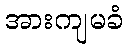
အားကျမခံ